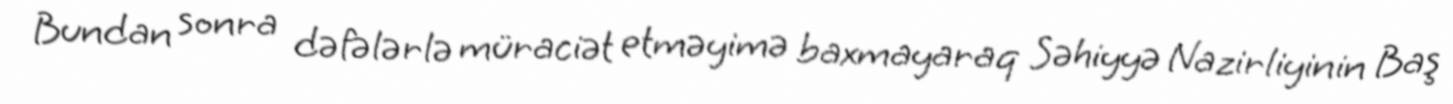
Bundan sonra dəfələrlə müraciət etməyimə baxmayaraq Səhiyyə Nazirliyinin Baş